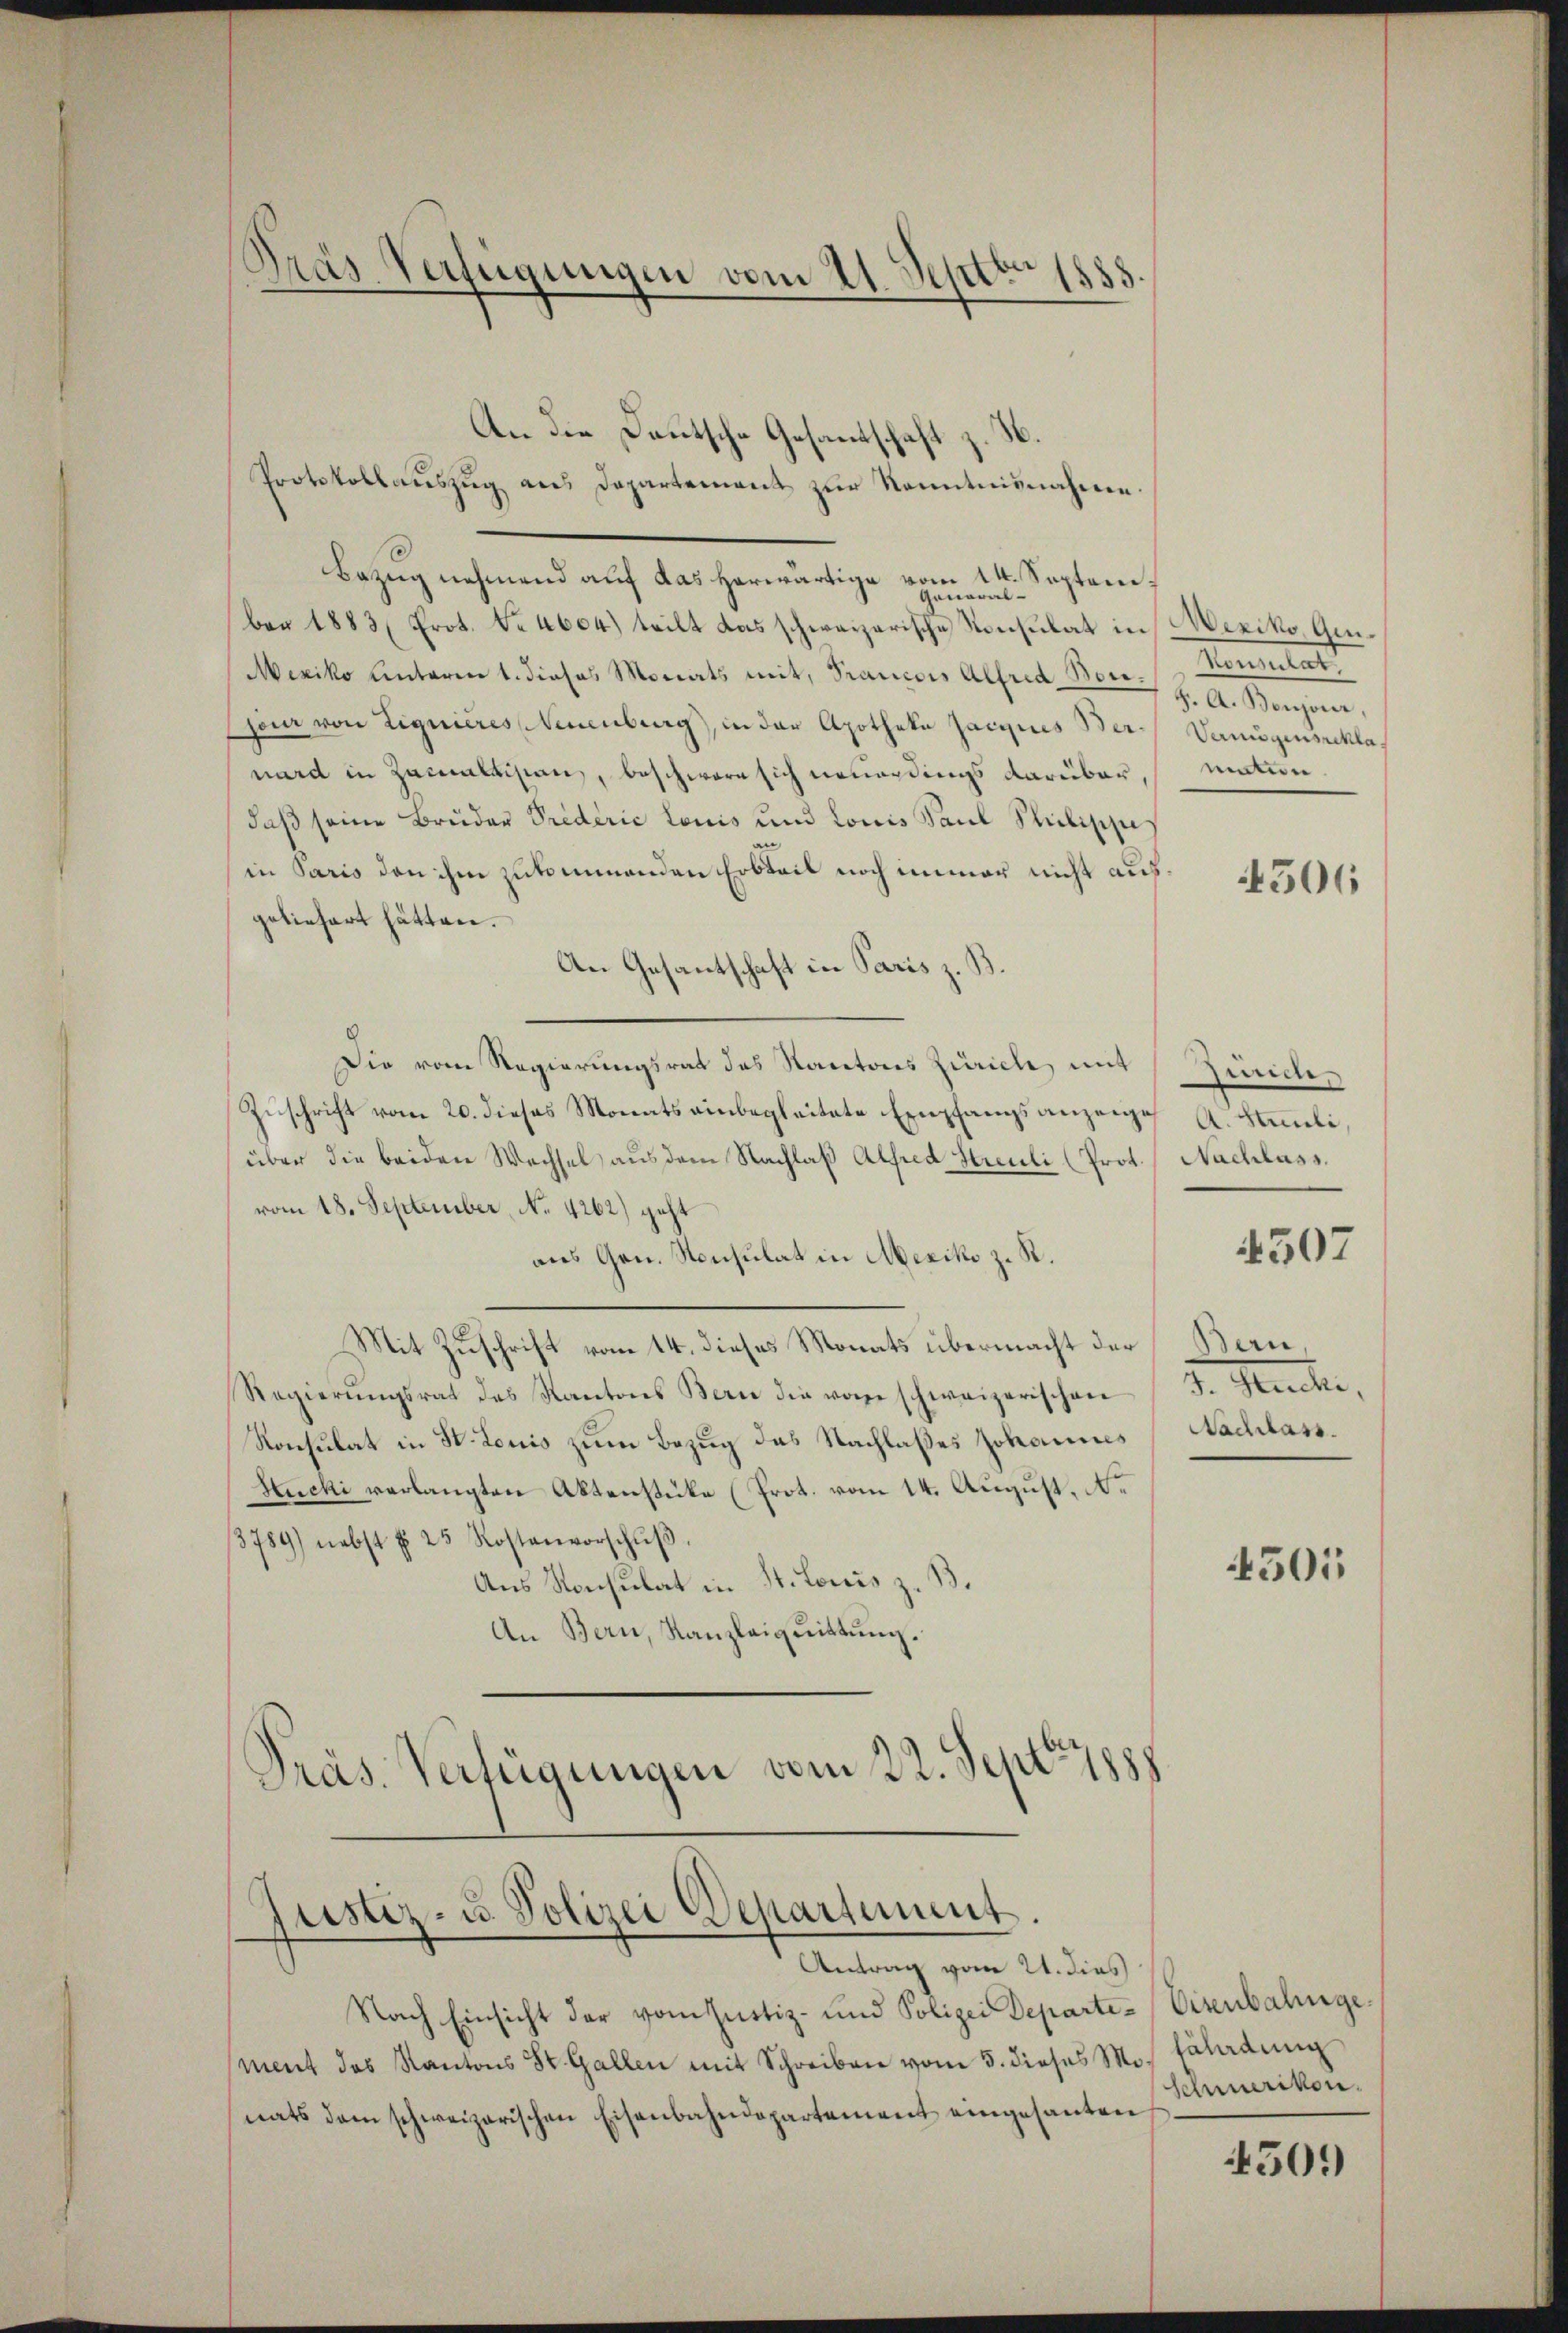
Pras Verfügungen vom 21. Sept.
88

An die Deutsche Gesandtschaft z.
Protokollaŭszŭg ans Departement zŭr Kenntnisnahme.
Bezug nehmend auf das herwärtige vom 14. Septem¬
General-
ber 1883 Prot. Nr. 4604) teilt das schweizerische Konsulat in Mexiko, Ge¬
Mexiko Unterm 1. dieses Monats mit, Francois Alfred Bonschon von Liquieres Neuenburg, in der Apotheke Jacquis Berwird in Zainaldistanz, beschwere sich neuerdings darüber,
daß seine Bruder Prederić Louis und Louis Saul Schilische
in Paris den ihm zukommenden Erbteil noch immer nicht ausgeliefert hätten.
An Gesantschaft in Paris z. B.
Die vom Regierungsrat das Kantons Zürich, mit
Zuschrift vom 20. dieses Monats einbegleitete Empfangsanzeige
über die beiden Wechsel aus dem Nachlaß Alfred Streuli (Prot.
vom 18. September, No. 4262) geht
aus Gen. Konsulat in Mexiko z. R.
Mit Zuschrift vom 14. dieses Monats übermacht der
Regierŭngsrat des Kantons Bern die von schweizerischen
Konsulat in St. Louis zum Bezug des Nachlaßes Johannes
Stucki verlangten Aktenstüke (Prot. vom 14. August, Ne
8789) nebst § 25 Kostenvorschŭβ.
Aus Konsulat in St. Louis z. B.
An Bern, Kanzleiquittung.
Präs. Verfügungen vom 22. Sept. 1888

Justiz- u. Polizei Departement.
Antrag vom 21. dies

Nach Einsicht der vom Justiz- und Polizei Departe-Eisenbahngement das Kantons St. Gallen mit Schreiben vom 5. dieses Mo. Erladung
nats dem schweizerischen Eisenbahndepartement eingesanten

Klatt
S. A. Bonjour,
Vermögenschla
uation

4506

uider
A. Stauli.
Nachlass.

4507

Bern,
J. Stucki,
Nachlass.

4501

Schmerikon.

4501)